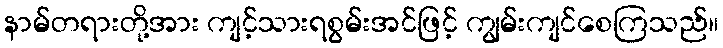
နာမ်တရားတို့အား ကျင့်သားရစွမ်းအင်ဖြင့် ကျွမ်းကျင်စေကြသည်။